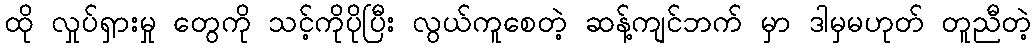
ထို လှုပ်ရှားမှု တွေကို သင့်ကိုပိုပြီး လွယ်ကူစေတဲ့ ဆန့်ကျင်ဘက် မှာ ဒါမှမဟုတ် တူညီတဲ့